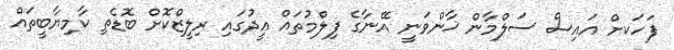
ފަހަކށް އައިސް ސަލްމާން ޚާންވަނީ އޭނާގެ ފިލްމުތައް އީދުގައި ރިލީޒްކޮށް ބޮޑެތި ކާމިޔާބީތައް